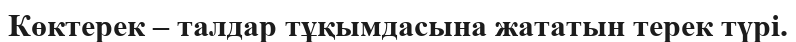
Көктерек – талдар тұқымдасына жататын терек түрі.